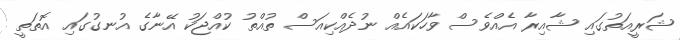
ޝަރީއަތުގައި ޝާއިރާ އެއްވެސް ވާހަކައެއް ނުދެއްކިއަސް ތުއްތު ކުއްޖަކު އޭނާގެ އުނގުގައި އޮތަތީ